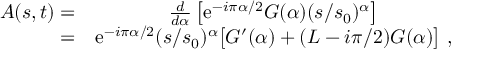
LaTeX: \begin{array} { r c l } { { A ( s , t ) = } } & { { { \frac { d } { d \alpha } } \left[ \mathrm { e } ^ { - i \pi \alpha / 2 } G ( \alpha ) ( s / s _ { 0 } ) ^ { \alpha } \right] } } \\ { { = } } & { { \mathrm { e } ^ { - i \pi \alpha / 2 } ( s / s _ { 0 } ) ^ { \alpha } \big [ G ^ { \prime } ( \alpha ) + ( L - i \pi / 2 ) G ( \alpha ) \big ] \ , } } \end{array}